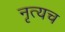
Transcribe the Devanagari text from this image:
नृत्यच